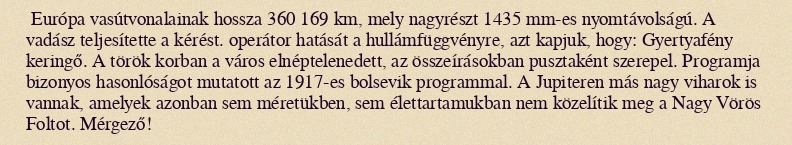
Európa vasútvonalainak hossza 360 169 km, mely nagyrészt 1435 mm-es nyomtávolságú. A vadász teljesítette a kérést. operátor hatását a hullámfüggvényre, azt kapjuk, hogy: Gyertyafény keringő. A török korban a város elnéptelenedett, az összeírásokban pusztaként szerepel. Programja bizonyos hasonlóságot mutatott az 1917-es bolsevik programmal. A Jupiteren más nagy viharok is vannak, amelyek azonban sem méretükben, sem élettartamukban nem közelítik meg a Nagy Vörös Foltot. Mérgező!